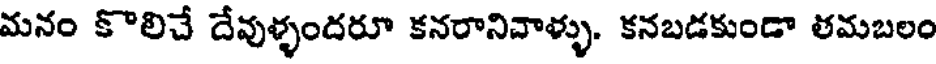
మనం కొలిచే దేవుళ్ళందరూ కనరానివాళ్ళు. కనబడకుండా తమబలం